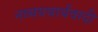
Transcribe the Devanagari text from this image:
नव्ययथार्थवादी